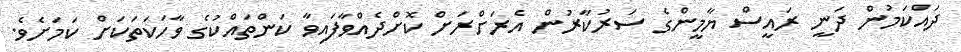
ދައްކަމުން ދަނީ ރައީސް ޔާމީންގެ ސަރުކާރުން އެރަށްރަށް ކޮށްދެއްވާފައިވާ ކަންތައްކުގެ ވާހަކަތަކަށް ކަމަށެވެ.